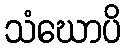
သံဃောပိ